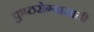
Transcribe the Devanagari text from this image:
कुष्ठरोग्यासाठी